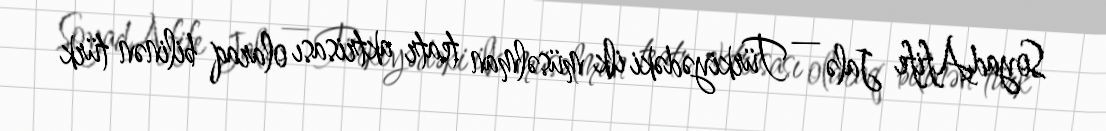
SoyadAfife Jalə — Türkiyədəki ilk müsəlman teatr aktrisası olaraq bilinən türk